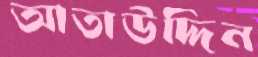
আতাউদ্দিন